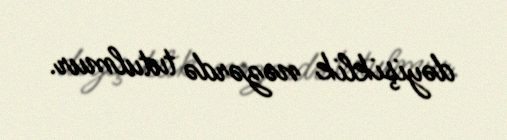
dəyişiklik nəzərdə tutulmur.